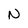
Character: N